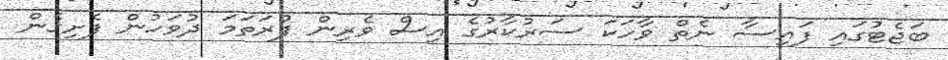
ބަޖެޓުގައި ފައިސާ ނެތް ވާހަކަ ސަރުކާރުގެ އިސް ވެރިން ފުރަތަމަ ދުވަހުން ފެށިގެން